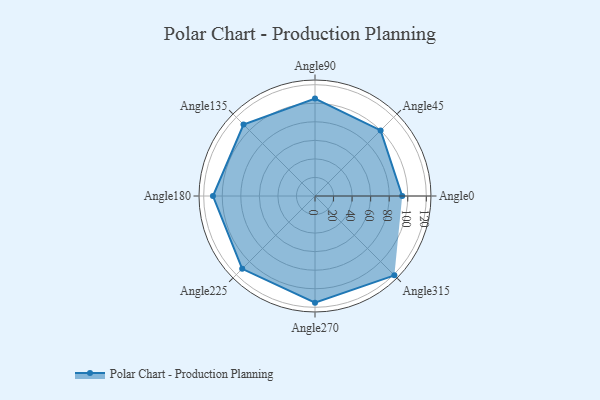
{"axis": {"x": "Angle", "y": "Radius"}, "legend": [""], "data": [{"x": "Angle0", "y": 94.0, "type": ""}, {"x": "Angle45", "y": 100.0, "type": ""}, {"x": "Angle90", "y": 105.0, "type": ""}, {"x": "Angle135", "y": 109.0, "type": ""}, {"x": "Angle180", "y": 110.0, "type": ""}, {"x": "Angle225", "y": 111.0, "type": ""}, {"x": "Angle270", "y": 115.0, "type": ""}, {"x": "Angle315", "y": 121.0, "type": ""}]}